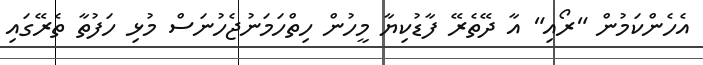
އެހެންކަމުން "ރޯއި" އާ ދޭތެރޭ ފާޑުކިޔާ މީހުން ހިތްހަމަނުޖެހުނަސް މުޅި ހަފުތާ ތެރޭގައި